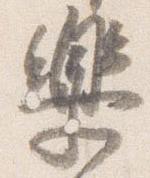
楽